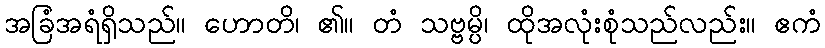
အခြံအရံရှိသည်။ ဟောတိ၊ ၏။ တံ သဗ္ဗမ္ပိ၊ ထိုအလုံးစုံသည်လည်း။ ဧကံ